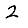
Digit: 2